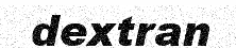
dextran